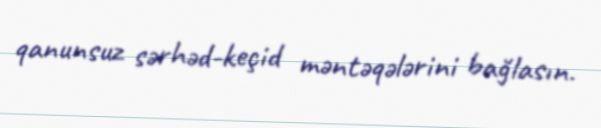
qanunsuz sərhəd-keçid məntəqələrini bağlasın.